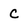
Character: C